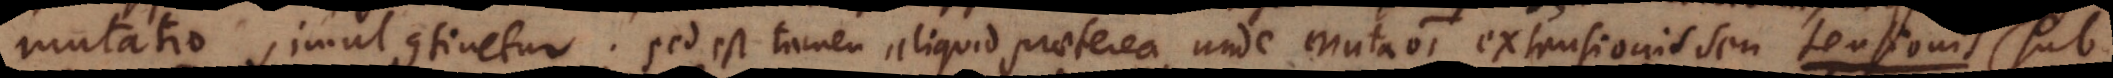
mutatio simul continetur; sed est tamen aliquid praeterea, unde mutationi extensionis t